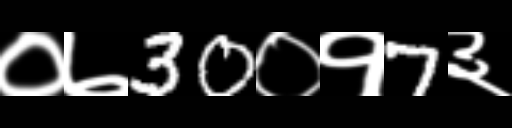
Text: ०७30०१7३